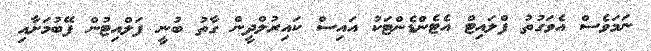
ނަމަވެސް އެވަގުތު ފްލައިޓް އެޓެންޑެންޓަކު އައިސް ކައިރުލްދީން ގާތު ބުނީ ފަލްއިޓުން ފޭބުމަށާއި